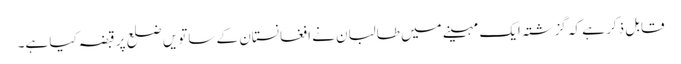
قابل ذکر ہے کہ گزشتہ ایک مہینے میں طالبان نے افغانستان کے ساتویں ضلع پر قبضہ کیا ہے۔